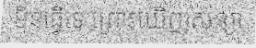
មិនធ្វើទេ ព្រោះឃើញសន្យា